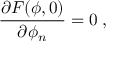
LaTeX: \frac { \partial F ( \phi , 0 ) } { \partial \phi _ { n } } = 0 \; ,